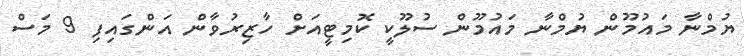
ޔުމްނާ މައުމޫން ޔުމްނާ މައުމޫން ސުލޫކީ ކޮމިޓީއަށް ހާޒިރުވާން އަންގައިފި 9 މަސް